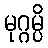
မုဂ္ဂမ္ပိ